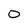
Character: 0